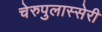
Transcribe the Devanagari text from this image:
चेरुपुलास्सेरी